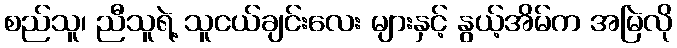
စည်သူ၊ ညီသူရဲ့ သူငယ်ချင်းလေး များနှင့် နွယ့်အိမ်က အမြဲလို